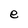
Character: e